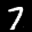
Label: 7